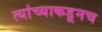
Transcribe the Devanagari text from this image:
त्‍यांच्याकडूनच